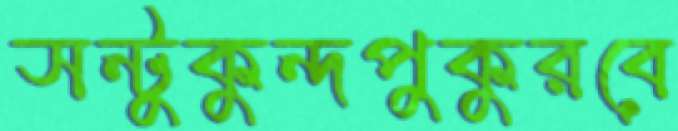
সন্টুকুন্দপুকুরবে